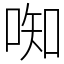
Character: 𫪦